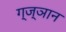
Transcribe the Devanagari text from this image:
ग्ज्ञान